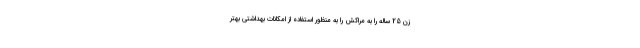
زن 25 ساله را به مراکش را به منظور استفاده از امکانات بهداشتی بهتر